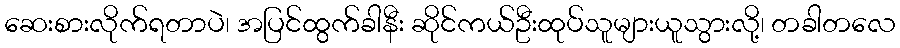
ဆေးစားလိုက်ရတာပဲ၊ အပြင်ထွက်ခါနီး ဆိုင်ကယ်ဦးထုပ်သူများယူသွားလို့၊ တခါတလေ